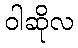
ဝါဆိုလ